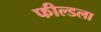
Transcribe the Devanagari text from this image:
फील्डला